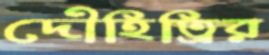
দৌহিত্রির